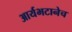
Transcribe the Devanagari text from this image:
आर्यभटानेच